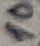
Text: 10